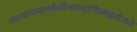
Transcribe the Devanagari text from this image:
तत्स्थानाच्छनकैर्नीत्वाकदाचिज्जाह्नवीजले